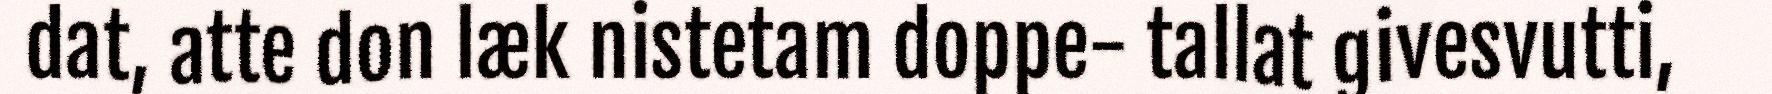
dat, atte don læk nistetam doppe- tallat givesvutti,